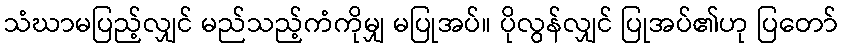
သံဃာမပြည့်လျှင် မည်သည့်ကံကိုမျှ မပြုအပ်။ ပိုလွန်လျှင် ပြုအပ်၏ဟု ပြတော်